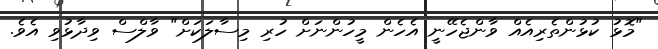
"މޮޅު ކުޅުންތެރިއެއް ވާންޖެހޭނީ އެހެން މީހުންނަށް ހުރި މިސާލަކަށް" ވާލްސް ވިދާޅުވި އެވެ.